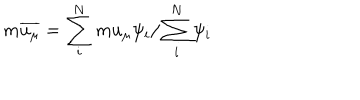
m \overline { { { u _ { \mu } } } } = \sum _ { i } ^ { N } m u _ { \mu } \psi _ { i } / \sum _ { i } ^ { N } \psi _ { i } \quad